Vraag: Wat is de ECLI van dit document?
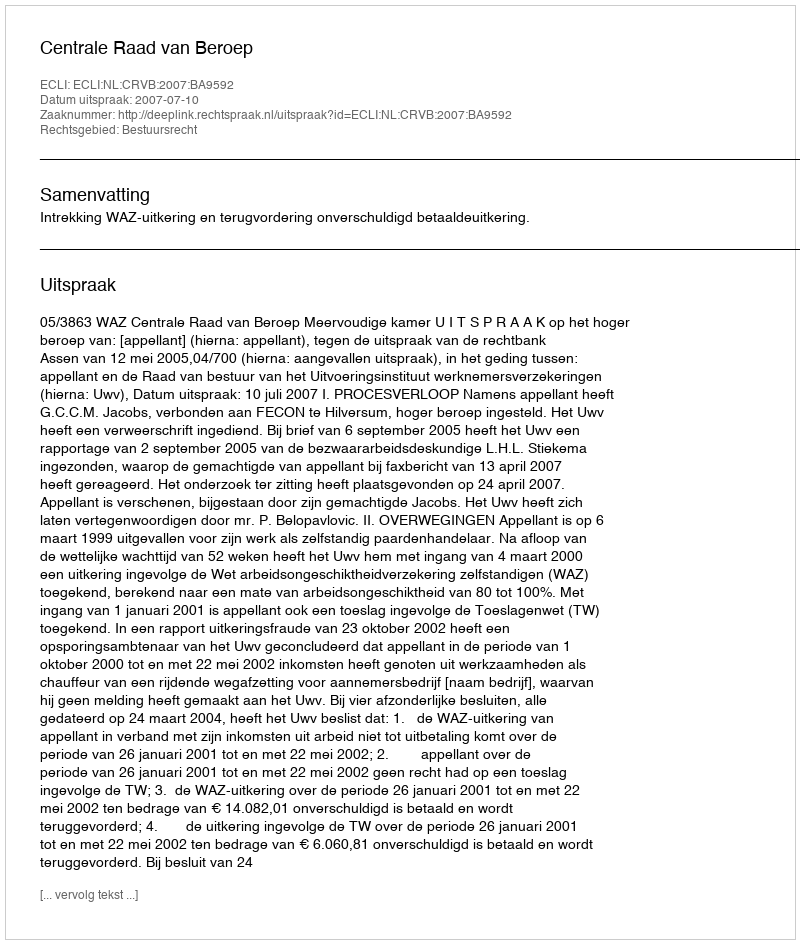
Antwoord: ECLI:NL:CRVB:2007:BA9592